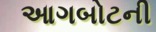
આગબોટની